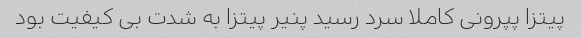
پیتزا پپرونی کاملا سرد رسید پنیر پیتزا به شدت بی کیفیت بود